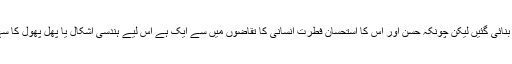
اس بنا پر مسجدوں میں کہیں بھی تصاویر یا انسانی اور حیوانی شبیہ نہیں بنائی گئیں لیکن چونکہ حسن اور اس کا استحسان فطرت انسانی کا تقاضوں میں سے ایک ہے اس لیے ہندسی اشکال یا پھل پھول کا سہارا لیا، یہ بیل بوٹے اور پھول پتیاں اسلامی مصوری کی بنیاد قرار پائیں۔